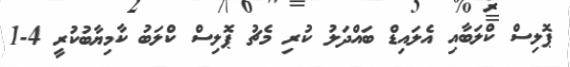
ޕޮލިސް ކްލަބާއި އެލައިޑް ބައްދަލު ކުރި މެޗު ޕޮލިސް ކްލަބު ކާމިޔާބުކުރީ 4-1